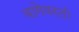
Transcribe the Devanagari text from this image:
बागेवरती